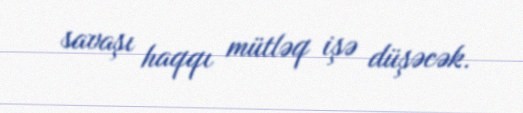
savaşı haqqı mütləq işə düşəcək.